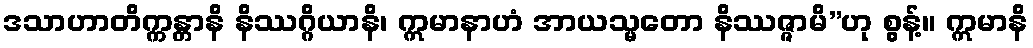
ဒသာဟာတိက္ကန္တာနိ နိဿဂ္ဂိယာနိ၊ ဣမာနာဟံ အာယသ္မတော နိဿဇ္ဇာမိ”ဟု စွန့်။ ဣမာနိ